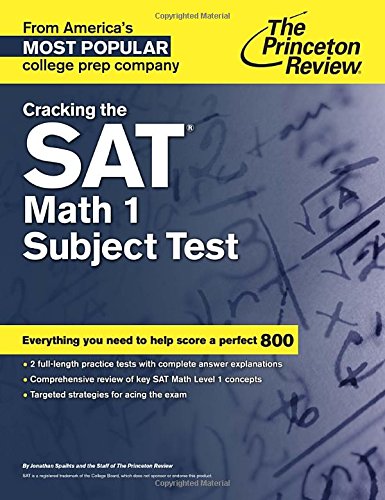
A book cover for Cracking the SAT Math 1 Subject Test (College Test Preparation); Princeton Review; Test Preparation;